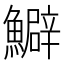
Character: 𩼎